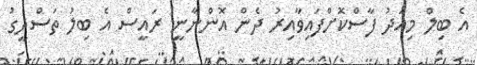
އެ ބިލް މިއަދު ފާސްކޮށްފައިވާއިރު ދެން އޮންނާނީ ރައީސް އެ ބިލު ތަސްދީގު